Report on horse surra - Volume I
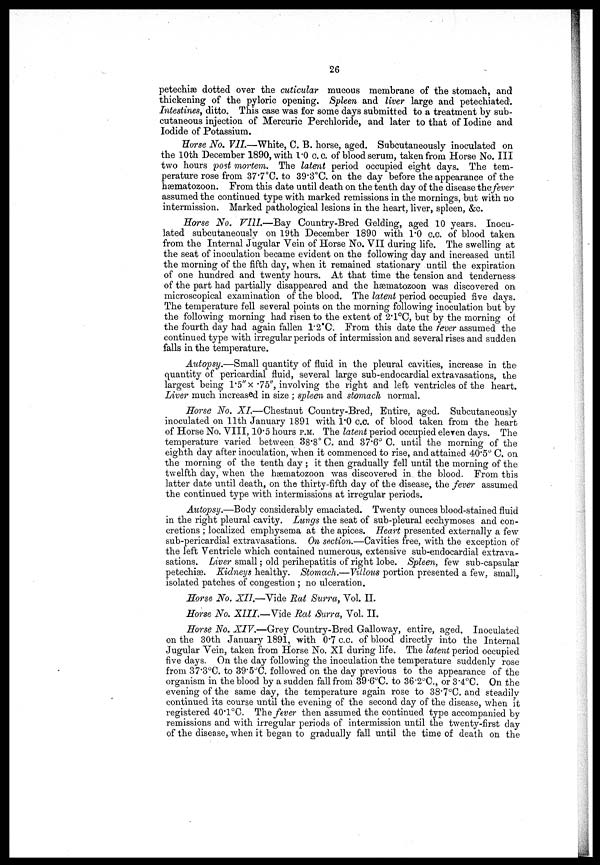
26
petechiæ dotted over the cuticular mucous membrane of the stomach, and
thickening of the pyloric opening. Spleen and liver large and petechiated.
Intestines, ditto. This case was for some days submitted to a treatment by sub
cutaneous injection of Mercuric Perchloride, and later to that of Iodine and
Iodide of Potassium.
Horse No. VII.-—White, 0. B. horse, aged. Subcutaneously inoculated on
the 10th December 1890, with 1.0 c.c. of blood serum, taken from Horse No. III
two hours post mortem. The latent period occupied eight days. The tem
perature rose from 37.7°C. to 39.3°C. on the day before the appearance of the
hæmatozoon. From this date until death on the tenth day of the disease the fever
assumed the continued type with marked remissions in the mornings, but with no
intermission. Marked pathological lesions in the heart, liver, spleen, &c.
Horse No. VIII.—Bay Country-Bred Gelding, aged 10 years. Inocu
lated subcutaneously on 19th December 1890 with 1.0 c.c. of blood taken
from the Internal Jugular Vein of Horse No. VII during life. The swelling at
the seat of inoculation became evident on the following day and increased until
the morning of the fifth day, when it remained stationary until the expiration
of one hundred and twenty hours. At that time the tension and tenderness
of the part had partially disappeared and the hæmatozoon was discovered on
microscopical examination of the blood. The latent period occupied five days.
The temperature fell several points on the morning following inoculation but by
the following morning had risen to the extent of 2.1°C, but by the morning of
the fourth day had again fallen 1.2˚C. From this date the fever assumed the
continued type with irregular periods of intermission and several rises and sudden
falls in the temperature.
Autopsy.—Small quantity of fluid in the pleural cavities, increase in the
quantity of pericardial fluid, several large sub-endocardial extravasations, the
largest being 1.5" x .75", involving the right and left ventricles of the heart.
Liver much increased in size ; spleen and stomach normal.
Horse No. XI.—Chestnut Country-Bred, Entire, aged. Subcutaneously
inoculated on 11th January 1891 with 1.0 c.c. of blood taken from the heart
of Horse No. VIII, 10.5 hours P.M. The latent period occupied eleven days. The
temperature varied between 38.8° C. and 37.6° C. until the morning of the
eighth day after inoculation, when it commenced to rise, and attained 40.5° C. on
the morning of the tenth day ; it then gradually fell until the morning of the
twelfth day, when the hæmatozoon was discovered in. the blood. From this
latter date until death, on the thirty-fifth day of the disease, the fever assumed
the continued type with intermissions at irregular periods.
Autopsy.—Body considerably emaciated. Twenty ounces blood-stained fluid
in the right pleural cavity. Lungs the seat of sub-pleural ecchymoses and con-
cretions ; localized emphysema at the apices. Heart presented externally a few
sub-pericardial extravasations. On section.—Cavities free, with the exception of
the left Ventricle which contained numerous, extensive sub-endocardial extrava
sations. Liver small ; old perihepatitis of right lobe. Spleen, few sub-capsular
petechiæ. Kidneys healthy. Stomach.—Villous portion presented a few, small,
isolated patches of congestion ; no ulceration.
Horse No. XII.—Vide Rat Surra, Vol. II.
Horse No. XIII.—Vide Rat Surra, Vol. II.
Horse No. XIV.—Grey Country-Bred Galloway, entire, aged. Inoculated
on the 30th January 1891, with 0.7 c.c. of blood directly into the Internal
Jugular Vein, taken from Horse No. XI during life. The latent period occupied
five days. On the day following the inoculation the temperature suddenly rose
from 37.3°C. to 39.5°C. followed on the day previous to the appearance of the
organism in the blood by a sudden fall from 39.6°C. to 36.2°C. or 3.4°C. On the
evening of the same day, the temperature again rose to 38.7°C. and steadily
continued its course until the evening of the second day of the disease, when it
registered 40.1°C. The fever then assumed the continued type accompanied by
remissions and with irregular periods of intermission until the twenty-first day
of the disease, when it began to gradually fall until the time of death on the